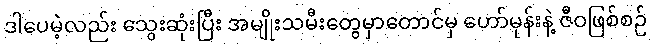
ဒါပေမဲ့လည်း သွေးဆုံးပြီး အမျိုးသမီးတွေမှာတောင်မှ ဟော်မုန်းနဲ့ ဇီဝဖြစ်စဉ်